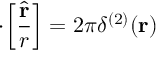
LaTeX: { \bf \nabla } \! \cdot \! \left[ \frac { \hat { \bf r } } { r } \right] = 2 \pi \delta ^ { ( 2 ) } ( { \bf r } ) \;